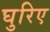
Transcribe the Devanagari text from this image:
घुरिए